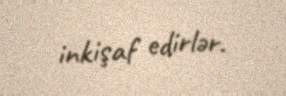
inkişaf edirlər.